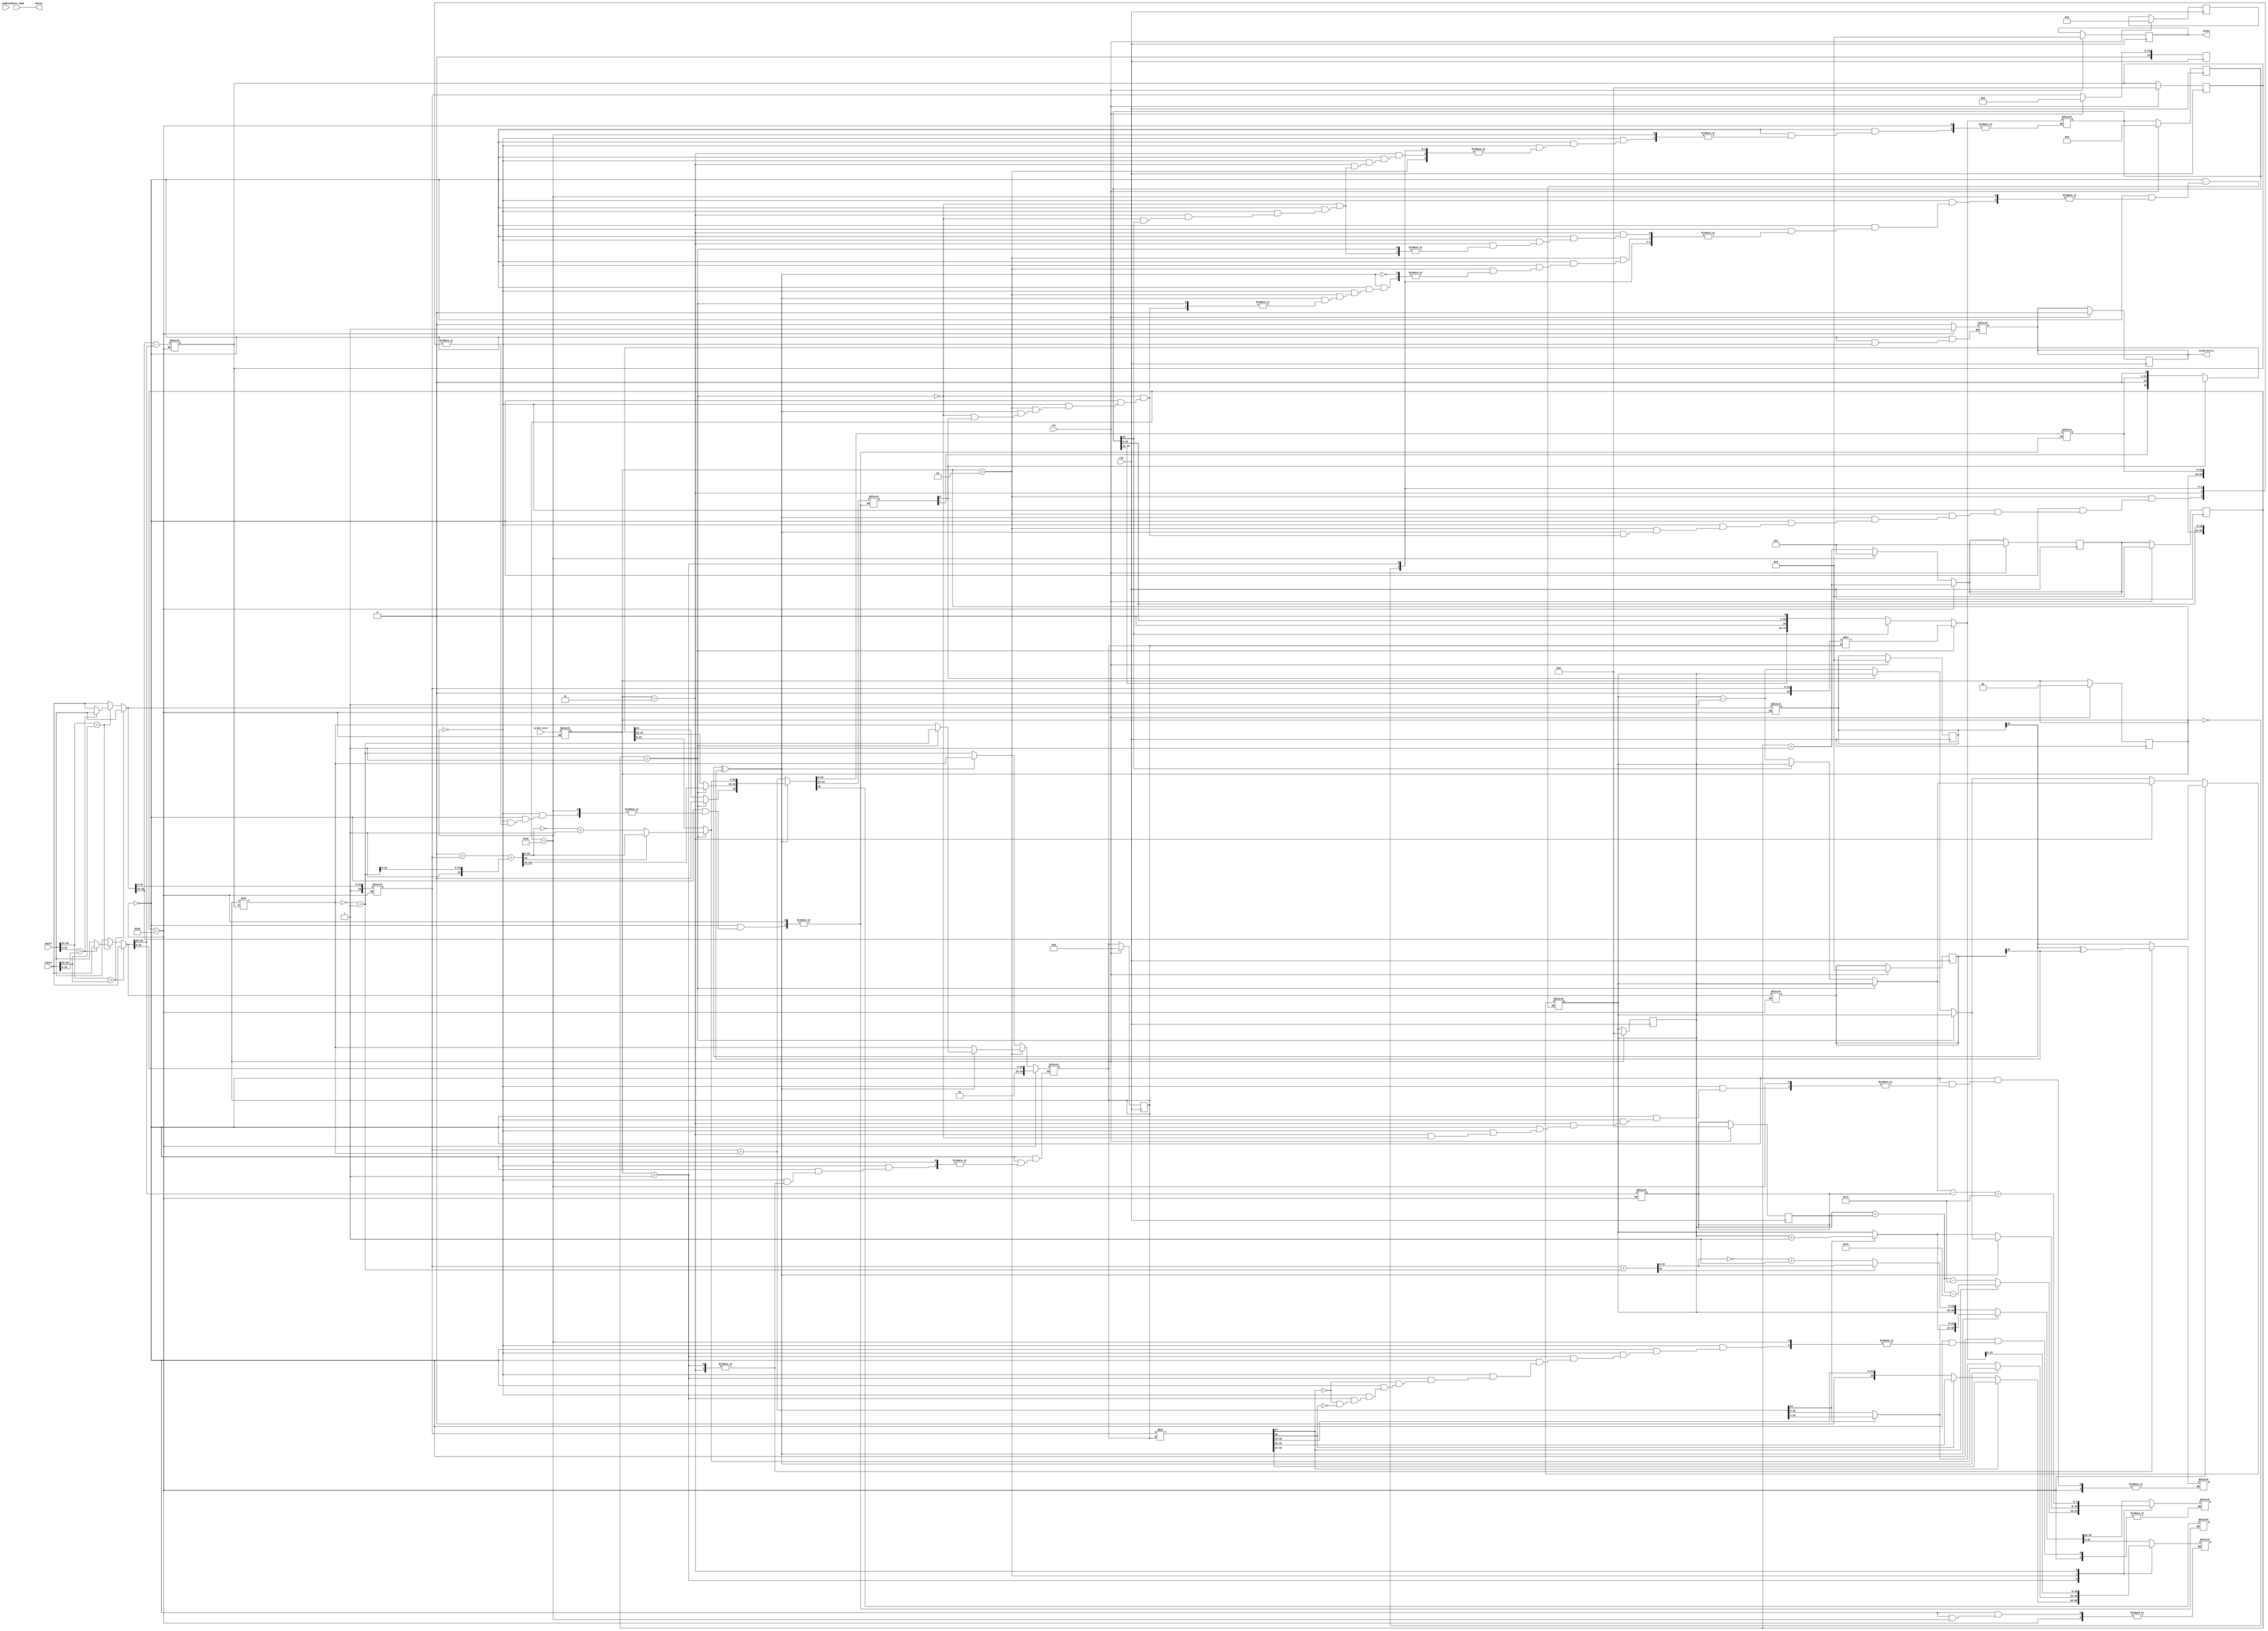
`timescale 1ns / 1ps

module islem(
        input clk,
        input rst,
        input enable,
        input [31:0] sayi1,
        input [31:0] sayi2,
        input [1:0] islem_turu,
        input [12:0] adres_temp,
        output [31:0] sonuc,
        output [12:0] adres,
        output islem_bitti
    );
    
    // kolaylik icin localparam tanimlandi.
    localparam toplama=2'b00;
    localparam carpma=2'b01;
    localparam cikarma=2'b10;
    localparam bolme=2'b11;
    
    // tum islemler icin gerekli yazmaclar
    reg [31:0] max = 0;
    reg [31:0] min = 0;
    reg [31:0] sonuc_reg = 0;
    reg islem_bitti_mi = 0;
    reg [1:0] islem_turu_reg;
    
    // exponentlar ve farki icin yazmaclar
    reg [7:0] max_exponent;
    reg [7:0] min_exponent;
    reg [7:0] fark_exponent;
    
    // cevrim ve cevrim_sonraki icin yazmaclar
    reg [31:0] cevrim = 0;
    reg [31:0] cevrim_sonraki = 1;
    
    // max ve min icin mantissalar
    reg [24:0] max_mantissa = 0;
    reg [24:0] min_mantissa = 0;
    
    // toplama icin
    reg [25:0] sum_mantissa = 0;
    
    // carpma icin
    reg [47:0] carpim_mantissa = 0;
    
    // cikarma icin
    reg [25:0] cikar_mantissa = 0;
    
    // bolme icin
    reg [47:0] bolum_mantissa = 0;
       
    // outputlar icin assign islemleri
    assign sonuc = sonuc_reg;
    assign adres = adres_temp;
    assign islem_bitti = islem_bitti_mi;
    
    always@(cevrim) begin
        
        // sonraki cevrim degeri olusturulur
        cevrim_sonraki = cevrim + 1;
        
        // son cevrimde max, min, max_mantissa, min_mantissa, max_exponent ve min_exponent atandi.
        // exponent farki hesaplanip fark_exponent yazmacina atandi
        if(cevrim == 24) begin
        
            // islem turu yazmaca yazilir
            islem_turu_reg = islem_turu;
        
            // sayi1 us degeri > sayi2 us degeri 
            if(sayi1[30:23] > sayi2[30:23])begin
                max = sayi1;
                min = sayi2;
            end
            
            // sayi1 us degeri = sayi2 us degeri
            else if(sayi1[30:23] == sayi2[30:23])begin
                max = (sayi1[22:0] > sayi2[22:0]) ? sayi1 : sayi2;
                min = (sayi1[22:0] > sayi2[22:0]) ? sayi2 : sayi1;
            end
                        
            // sayi1 us degeri < sayi2 us degeri 
            else begin
                max = sayi2;
                min = sayi1;
            end 
        
            max_mantissa = {1'b1, max[22:0]};
            min_mantissa = {1'b1, min[22:0]};
            
            max_exponent = max[30:23];
            min_exponent = min[30:23];
        
            // usler arasinda fark 
            fark_exponent = max_exponent - min_exponent;
            
            islem_bitti_mi = 1;
        end
        
        else if(cevrim == 25) begin
            cevrim_sonraki = 1;
            
            islem_bitti_mi = 0;
        end
    
        else begin
            // islem turune gore islem yapilir.
            case(islem_turu_reg)
                toplama : begin // Toplama
                    
                    // usler arasindaki fark kadar kaydirma islemi yapilir
                    min_mantissa = min_mantissa >> fark_exponent;
                    sonuc_reg[31] = max[31];
                    
                    // + + veya - - 
                    // bu durumda isaret biti degismez iki deger toplanir
                    if(max[31]~^min[31])begin 
                        
                        // usler esit oldugu icin mantissalar toplanabilir
                        sum_mantissa = max_mantissa + min_mantissa;
                        
                        // eger tasma varsa kaydirma yapilir, exponent'a 1 eklenir
                        if(sum_mantissa[24] == 1'b1) begin
                            sonuc_reg[30:23] = max_exponent + 1'b1;
                            sonuc_reg[22:0] = sum_mantissa[23:1];
                        end
                        
                        // tasma yoksa normal atama yapilir
                        else begin
                            sonuc_reg[30:23] = max_exponent; 
                            sonuc_reg[22:0] = sum_mantissa[22:0];
                        end
                    end
                    
                    // + - veya - +
                    // isaret biti buyuk olan degere gore belirlenir
                    // cikarma yapilir
                    else begin
                    
                        // usler esit oldugu icin cikarma yapilabilir
                        // ikiye tumleyeni alinip toplama yapilir
                        min_mantissa = ~min_mantissa + 1'b1;
                        sum_mantissa = max_mantissa + min_mantissa;
                        
                        // elde 1 ise oldugu gibi atama yapilir
                        if(sum_mantissa[25] == 1'b1) begin
                            sonuc_reg[30:23] = max_exponent;
                            sonuc_reg[22:0] = sum_mantissa[22:0];
                        end
                        
                        // elde 1 degilse ikilik tabanda gosterime gecilir
                        else begin
                            sonuc_reg[30:23] = max_exponent; 
                            sonuc_reg[22:0] = ~sum_mantissa[22:0] + 1;
                        end
                    end
                end
                
                carpma : begin // Carpma
                    
                    // isaret biti belirlenir
                    sonuc_reg[31] = max[31]^min[31];
                    
                    // mantissalar carpilir
                    carpim_mantissa = max_mantissa * min_mantissa;
                    sonuc_reg[22:0] = carpim_mantissa[46:24];
                    
                    // tasma varsa exponent'a 1 eklenir, kaydirma yapilir
                    if(carpim_mantissa[47] == 1'b1)begin
                        sonuc_reg[30:23] = max_exponent + min_exponent - 8'd126;
                        sonuc_reg[22:0] = carpim_mantissa[46:24];
                    end
                    
                    // tasma yoksa normal atama yapilir
                    else if(carpim_mantissa[46] == 1'b1) begin
                        sonuc_reg[30:23] = max_exponent + min_exponent - 8'd127;
                        sonuc_reg[22:0] = carpim_mantissa[45:23];
                    end
                end
                
                cikarma : begin // Cikarma
                    
                    // usler arasindaki fark kadar kaydirma islemi yapilir
                    min_mantissa = min_mantissa >> fark_exponent;
                    sonuc_reg[31] = max[31];
                    
                    // + + veya - -
                    // bu durumda isaret biti degismez cikarma yapilir
                    if( max[31]~^min[31]) begin
                    
                        if(cevrim == 1) begin
                            // usler esit oldugu icin cikarma yapilabilir
                            // ikiye tumleyeni alinip toplama yapilir
                            min_mantissa = ~min_mantissa + 1'b1;
                            cikar_mantissa = 0;
                            cikar_mantissa = cikar_mantissa + {1'b0, max_mantissa[23:0]};
                            cikar_mantissa = cikar_mantissa + {1'b1, min_mantissa[23:0]};
                            
                            // elde 1 ise oldugu gibi atama yapilir
                            if(cikar_mantissa[25] == 1'b1) begin
                                cikar_mantissa[25] = 1'b0 ;
                            end
                            
                            // elde 1 degilse ikilik tabanda gosterime gecilir
                            else begin
                                cikar_mantissa[22:0] = ~cikar_mantissa[22:0] + 1;
                            end
                        end
                        
                        else begin
			    // virgul kaydirma yapilir
                            if(cikar_mantissa[23] != 1'b1) begin
                                cikar_mantissa = cikar_mantissa << 1;
                                max_exponent = max_exponent - 1;
                            end
                        end
                        
                         sonuc_reg[30:23] = max_exponent;
                         sonuc_reg[22:0] = cikar_mantissa[22:0] ;
                        
                    end
          
                    // - + veya + -
                    // bu durumda isaret biti degismez toplama yapilir
                    else begin
                    
                        // usler esit oldugu icin mantissalar toplanir
                        cikar_mantissa = max_mantissa + min_mantissa;
                        
                        // eger tasma varsa kaydirma yapilir, exponent'a 1 eklenir
                        if(cikar_mantissa[24] == 1'b1) begin
                            sonuc_reg[30:23] = max_exponent + 1'b1;
                            sonuc_reg[22:0] = cikar_mantissa[23:1];
                        end
                        
                        // tasma yoksa normal atama yapilir
                        else begin
                            sonuc_reg[30:23] = max_exponent; 
                            sonuc_reg[22:0] = cikar_mantissa[22:0];
                        end
                    end
                end
                
                bolme : begin // Bolme
                    
                    if(cevrim == 1) begin
                        // isaret biti belirlenir
                        sonuc_reg[31] = max[31]^min[31];
                        
                        // bolme yapilir ve atama yapilir
                        bolum_mantissa = max_mantissa / min_mantissa;
                        sonuc_reg[22:0] = bolum_mantissa[22:0];
                    end
                    
                    else begin
                        // virgul kaydirma islemi yapilir
                        if(bolum_mantissa[23] != 1'b1) begin
                            bolum_mantissa = bolum_mantissa << 1;
                            max_exponent = max_exponent - 1;
                        end
                    end
                    
                    sonuc_reg[30:23] = max_exponent - min_exponent + 8'd127;
                    sonuc_reg[22:0] = bolum_mantissa[22:0];
                end
            endcase
        end
    end
    
    always@ (posedge clk) begin
    
        // resetlemek icin
        if(rst) begin
            cevrim <= 1;
            cevrim_sonraki <= 1;
            max <= 0;           
            min <= 0;           
            sonuc_reg <= 0;     
            islem_bitti_mi <= 0;       
            islem_turu_reg <= 0;    
            max_exponent <= 0;   
            min_exponent <= 0;     
            fark_exponent <= 0;    
            cevrim <= 0;        
            cevrim_sonraki <= 1;
            max_mantissa <= 0;  
            min_mantissa <= 0;  
            sum_mantissa <= 0;  
            carpim_mantissa <= 0;
            cikar_mantissa <= 0;
            bolum_mantissa <= 0;
        end
    
        else cevrim <= cevrim_sonraki;
    end
    
endmodule